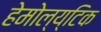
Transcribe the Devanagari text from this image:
हेमोल्य्टिक